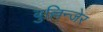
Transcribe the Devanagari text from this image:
बुल्लिन्जेर